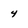
Character: 4